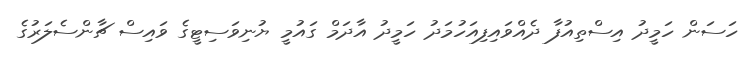
ހަސަން ހަމީދު އިސްތިއުފާ ދެެއްވައިފިއަހުމަދު ހަމީދު އާދަމް ގައުމީ ޔުނިވަސިޓީގެ ވައިސް ޗާންސެލަރުގެ